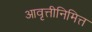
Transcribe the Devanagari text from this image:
आवृत्तीनिमित्त